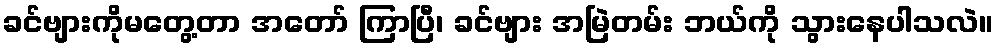
ခင်ဗျားကိုမတွေ့တာ အတော် ကြာပြီ၊ ခင်ဗျား အမြဲတမ်း ဘယ်ကို သွားနေပါသလဲ။